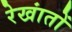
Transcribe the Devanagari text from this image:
रेखांतों